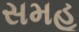
સમહૂ